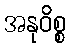
အနုဝိစ္စ